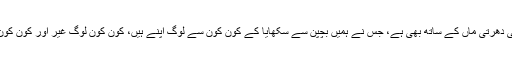
یہی دکھ مجھے اپنی دھرتی ماں کے ساتھ بھی ہے، جس نے ہمیں بچپن سے سکھایا کے کون کون سے لوگ اپنے ہیں، کون کون لوگ غیر اور کون کون ہمارے دشمن ہیں۔